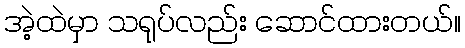
အဲ့ထဲမှာ သရုပ်လည်း ဆောင်ထားတယ်။